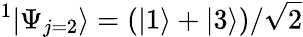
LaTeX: ^1|\Psi_{j=2}\rangle=(|1\rangle+|3\rangle)/\sqrt{2}